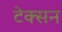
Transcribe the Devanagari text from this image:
टेक्सन